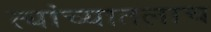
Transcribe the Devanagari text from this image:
त्यांच्यातलाच